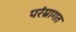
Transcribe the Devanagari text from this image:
परंम्रागत